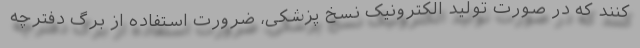
کنند که در صورت تولید الکترونیک نسخ پزشکی، ضرورت استفاده از برگ دفترچه